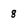
Character: 8